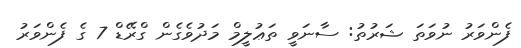
ފެންވަރު ނުވަތަ ޝަރުތު: ސާނަވީ ތަޢުލީމް މަދުވެގެން ގްރޭޑް 7 ގެ ފެންވަރު